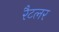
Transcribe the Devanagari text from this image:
रैटलर